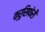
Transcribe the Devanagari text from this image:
क्रुसिफेरी